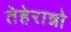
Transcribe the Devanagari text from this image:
तेहेरान्नो